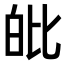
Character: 𤽊